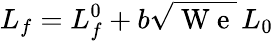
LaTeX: L_{f}=L_{f}^{0}+b\sqrt{\mathrm{~W~e~}}\, L_{0}